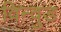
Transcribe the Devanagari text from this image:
विन्वुड